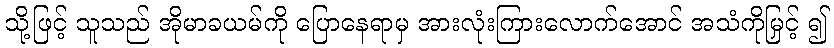
သို့ဖြင့် သူသည် အိုမာခယမ်ကို ပြောနေရာမှ အားလုံးကြားလောက်အောင် အသံကိုမြှင့် ၍